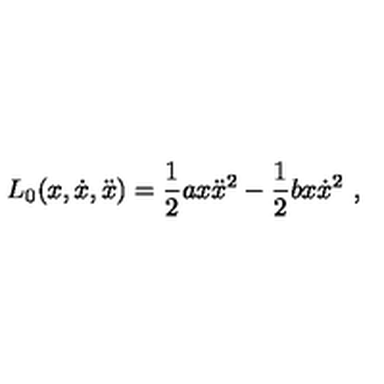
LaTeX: L _ { 0 } ( x , \dot { x } , \ddot { x } ) = \frac { 1 } { 2 } a x \ddot { x } ^ { 2 } - \frac { 1 } { 2 } b x \dot { x } ^ { 2 } \ ,